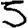
Digit: 5